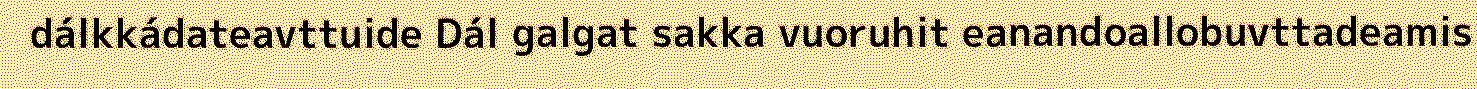
dálkkádateavttuide Dál galgat sakka vuoruhit eanandoallobuvttadeamis